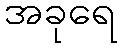
အခုရေ